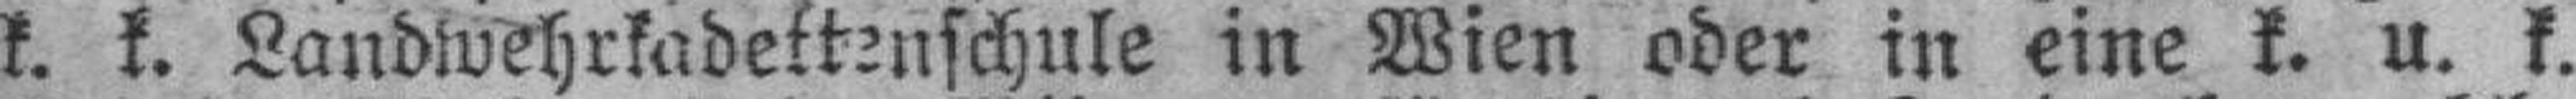
k. k. Landwehrkadettenschule in Wien oder in eine k. u. k.